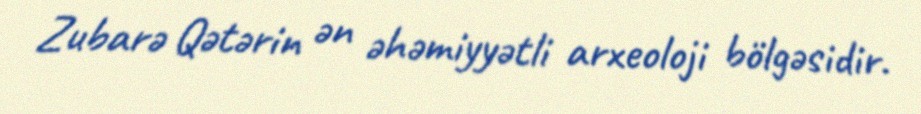
Zubarə Qətərin ən əhəmiyyətli arxeoloji bölgəsidir.